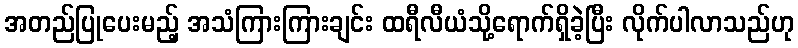
အတည်ပြုပေးမည့် အသံကြားကြားချင်း ထရီလီယံသို့ရောက်ရှိခဲ့ပြီး လိုက်ပါလာသည်ဟု